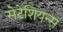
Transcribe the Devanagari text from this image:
सेटेशियन्स